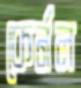
কের্নল